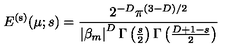
E ^ { \mathrm { ( s ) } } ( \mu ; s ) = \frac { 2 ^ { - D } \pi ^ { ( 3 - D ) / 2 } } { \left| \beta _ { m } \right| ^ { D } \Gamma \left( \frac { s } { 2 } \right) \Gamma \left( \frac { D + 1 - s } { 2 } \right) }